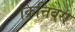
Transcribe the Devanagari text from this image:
क्रित्तिबस